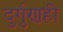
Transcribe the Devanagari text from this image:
दुर्गुणही